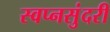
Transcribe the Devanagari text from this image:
स्वप्नसुंदरी